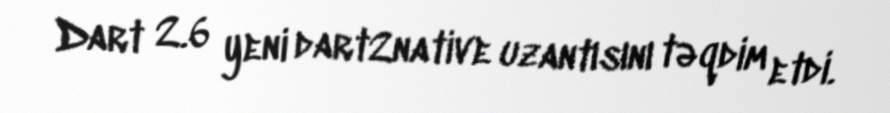
Dart 2.6 yeni dart2native uzantısını təqdim etdi.